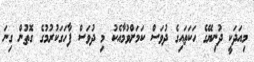
މިއަދަކީ ދުނިޔޭގެ ހަކަތައިގެ ދުވަސް ކަމަށްވުމާއެކު މި ދުވަސް ފާހަގަކުރުމުގެ ގޮތުން ގިނަ